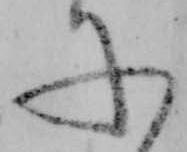
に